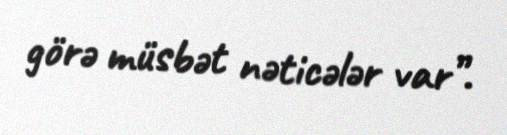
görə müsbət nəticələr var”.